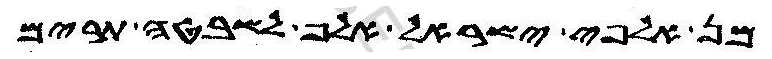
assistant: מן אלפי ישראל אלף לשבטה תרים